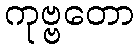
ကုဗ္ဗတော